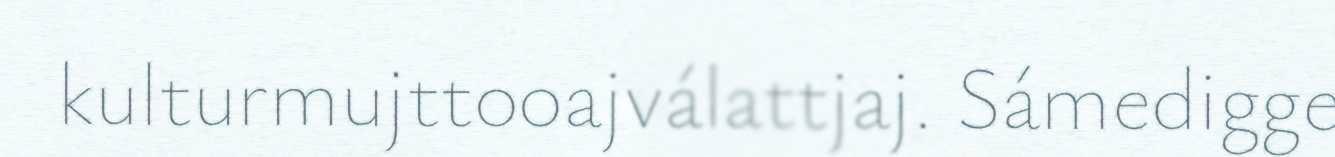
kulturmujttooajválattjaj. Sámedigge